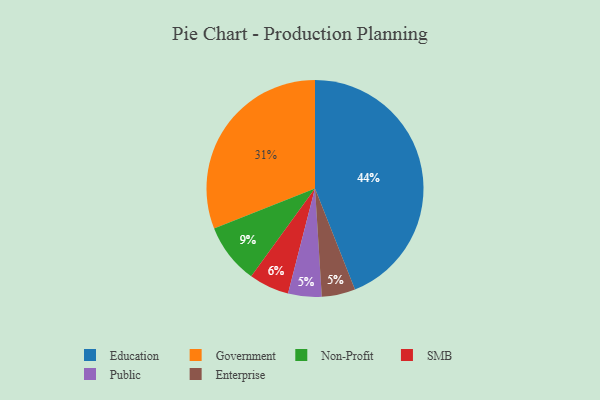
{"axis": {"x": "Category", "y": "Percentage"}, "legend": ["Education", "Enterprise", "Government", "Non-Profit", "Public", "SMB"], "data": [{"x": "SMB", "y": 6, "type": "SMB"}, {"x": "Government", "y": 31, "type": "Government"}, {"x": "Non-Profit", "y": 9, "type": "Non-Profit"}, {"x": "Public", "y": 5, "type": "Public"}, {"x": "Enterprise", "y": 5, "type": "Enterprise"}, {"x": "Education", "y": 44, "type": "Education"}]}